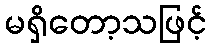
မရှိတော့သဖြင့်